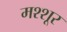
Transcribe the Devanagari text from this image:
मश्शूर